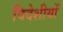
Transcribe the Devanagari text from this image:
विदेशीयों